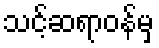
သင့်ဆရာဝန်မှ